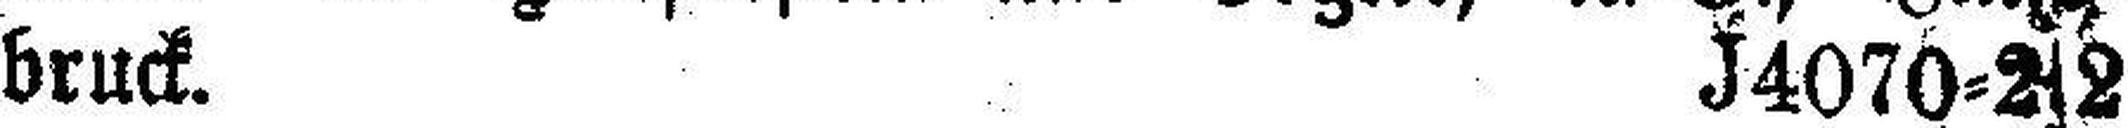
bruck. J4070=2s2